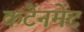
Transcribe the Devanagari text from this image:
कंटेंनमेंट